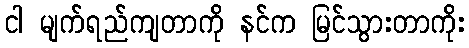
ငါ မျက်ရည်ကျတာကို နင်က မြင်သွားတာကိုး